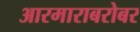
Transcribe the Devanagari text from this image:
आरमाराबरोबर